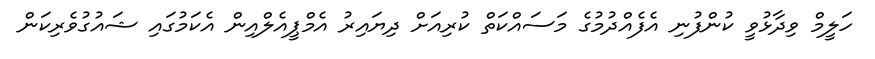
ހަލީމް ވިދާޅުވީ ކުންފުނި އެފެއްދުމުގެ މަސައްކަތް ކުރިއަށް ދިޔައިރު އެމްޕީއެލްއިން އެކަމުގައި ޝައުގުވެރިކަން